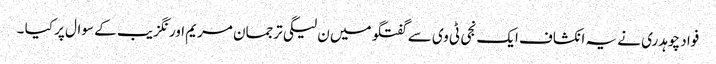
فواد چوہدری نے یہ انکشاف ایک نجی ٹی وی سے گفتگو میں ن لیگی ترجمان مریم اورنگزیب کے سوال پر کیا ۔